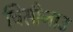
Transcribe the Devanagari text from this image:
चिसीनाउ